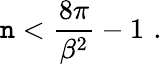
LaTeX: \mathtt{n}<{\frac{{8\pi}}{{\beta^{2}}}}-1\, \, .